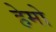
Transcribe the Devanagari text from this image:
हेमो